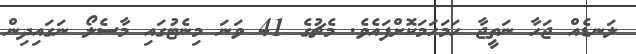
ލަނޑެއް ޖަހާ ނަތީޖާ ހަމަހަމަކޮށްފައެވެ. މެޗުގެ 41 ވަނަ މިނެޓުގައި މާސެލޯ ނަގައިދިން